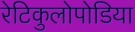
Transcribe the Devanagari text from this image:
रेटिकुलोपोडिया